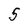
Character: 5